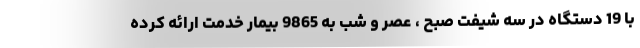
با 19 دستگاه در سه شيفت صبح ، عصر و شب به 9865 بيمار خدمت ارائه كرده